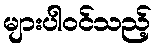
များပါဝင်သည့်